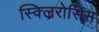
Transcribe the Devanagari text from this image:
स्क्लिरोसिस